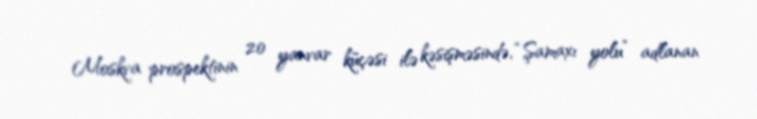
Moskva prospektinin 20 yanvar küçəsi ilə kəsişməsində, “Şamaxı yolu” adlanan